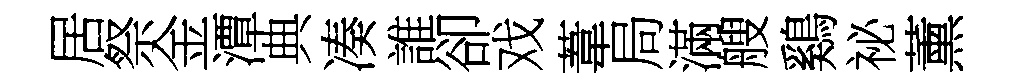
居祭金潭典凑誰卻戏葦局滿艘鷄祕薰